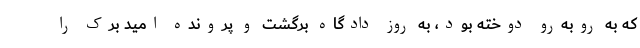
که به روبه‌رو دوخته بود، به روز دادگاه برگشت و پرونده امید برک را